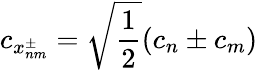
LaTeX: c_{x_{nm}^{\pm}}=\sqrt{\frac{1}{2}}(c_{n}\pm c_{m})